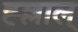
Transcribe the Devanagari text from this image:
ह्ल्लाल्